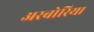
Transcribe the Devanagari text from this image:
अरबोरिया